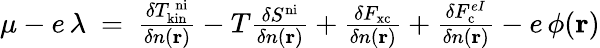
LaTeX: \begin{array}{r}{\mu-e\, \lambda\ =\ \frac{\delta T_{\mathrm{kin}}^{\mathrm{\, ni}}}{\delta n(\mathbf{r})}-T\frac{\delta S^{\mathrm{ni}}}{\delta n(\mathbf{r})}+\frac{\delta F_{\mathrm{xc}}}{\delta n(\mathbf{r})}+\frac{\delta F_{\mathrm{c}}^{eI}}{\delta n(\mathbf{r})}-e\, \phi(\mathbf{r})}\end{array}